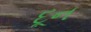
દૂન